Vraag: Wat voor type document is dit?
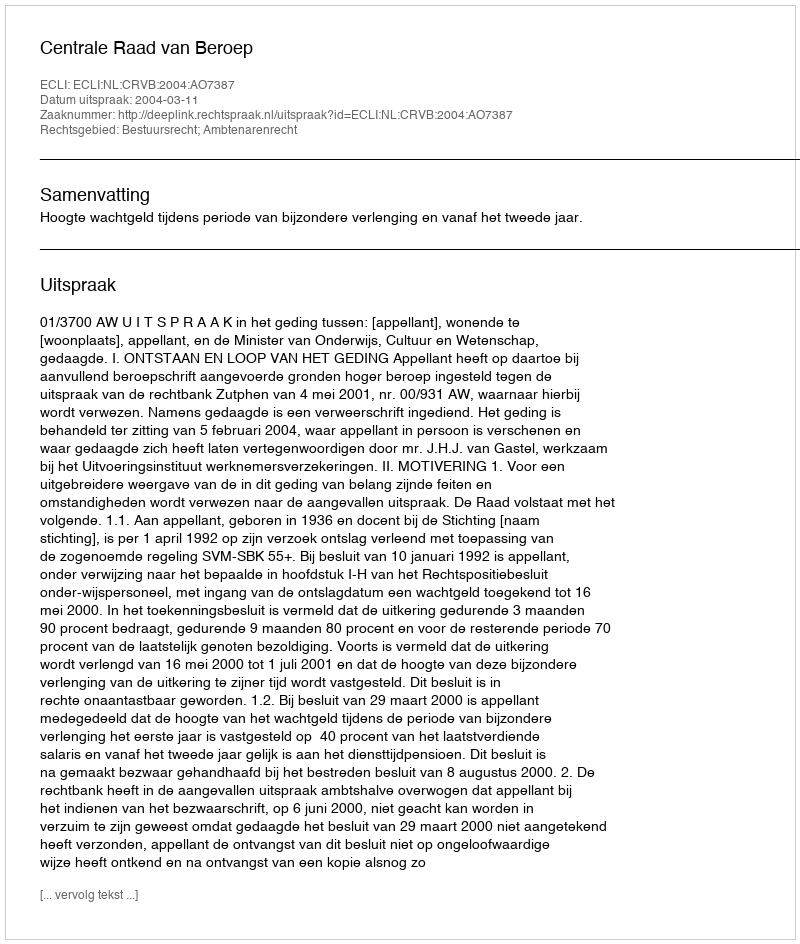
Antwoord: Uitspraak